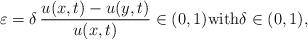
LaTeX: \begin{align*}\varepsilon=\delta\,\frac{u(x,t)-u(y,t)}{u(x,t)} \in (0,1)\textrm{with}\delta \in (0,1),\end{align*}